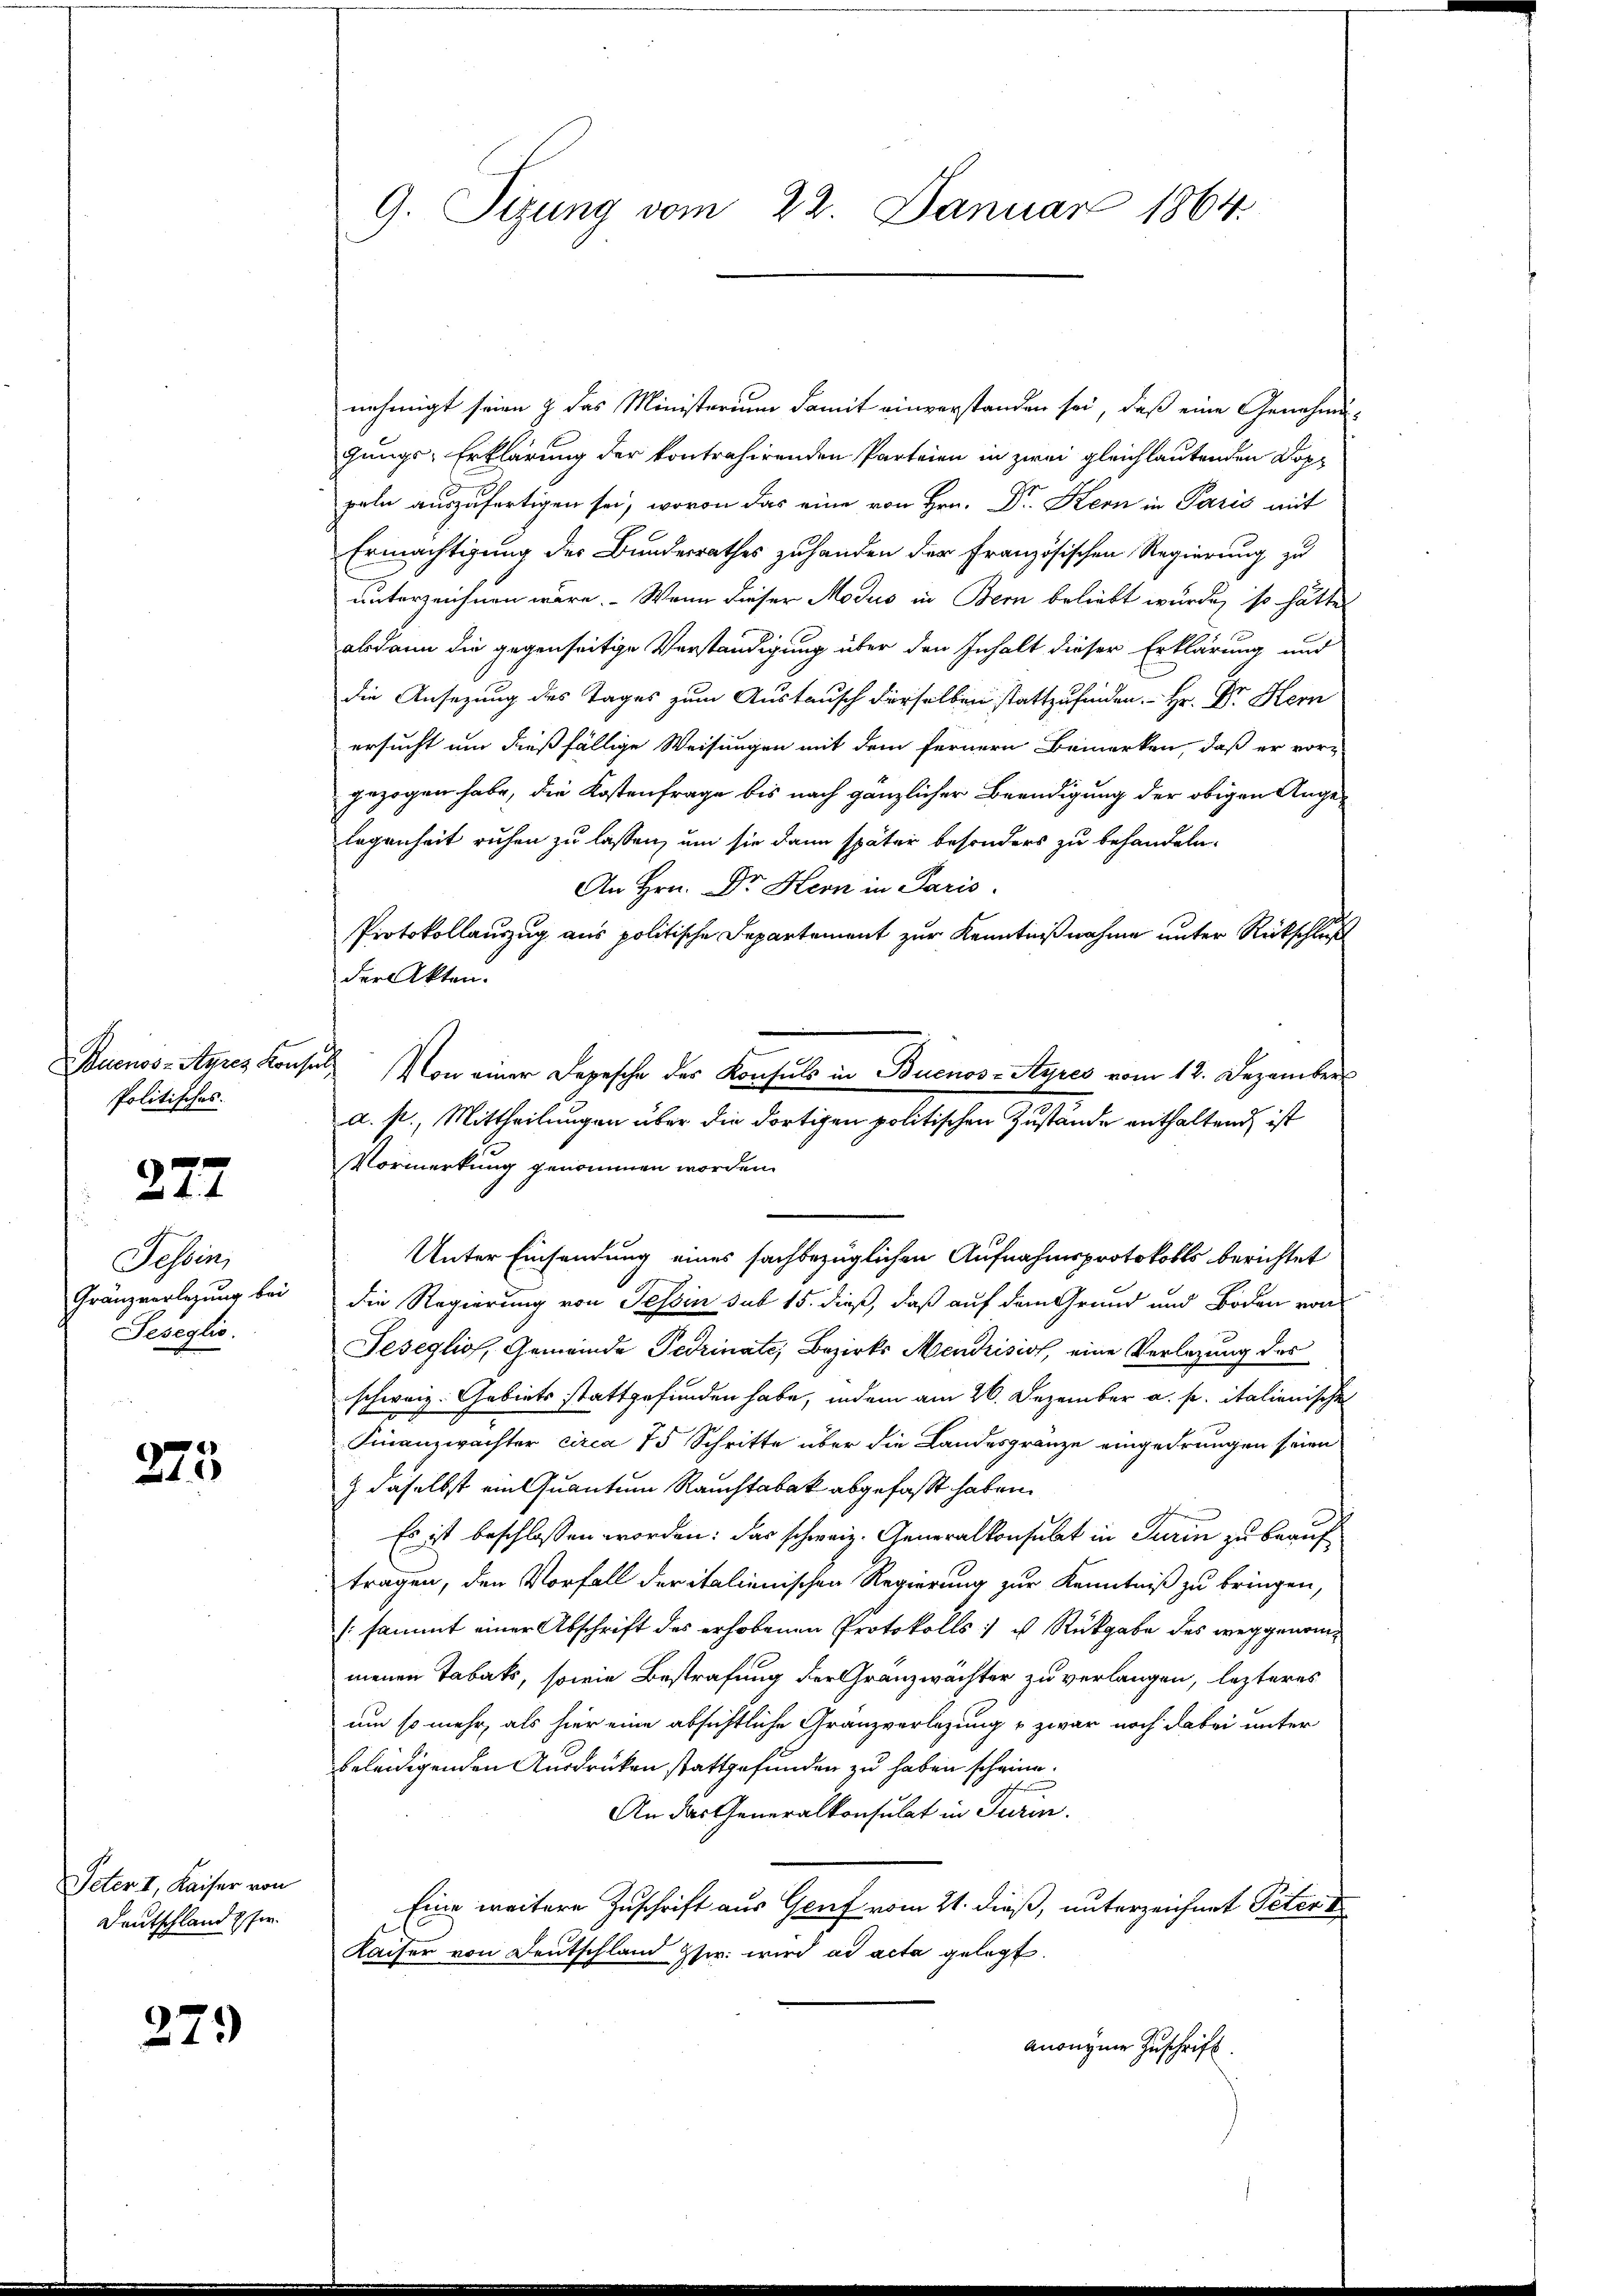
Politisches:

277

Tessin,
Gränzverlegung bei
Seseglio.

275

Peter I. Kaiser von
Deutschland fer

279

nehmigt seien & das Ministerium damit einverstanden sei, daß eine Genehmigungs-Erklärung der kontrahirenden Parteien in zwei gleichlautenden Doppeln auszufertigen sei, wovon das eine von Hrn. Dr. Kern in Paris mit
Ermächtigung der Bundesrathes zuhanden der Französischen Regierung zu
unterzeichnen wäre. Wenn dieser Modus in Bern beliebt wurde, so hätte
alsdann die gegenseitige Verständigung über den Inhalt dieser Erklärung und
die Ansezung des Tages zum Austausch derselben stattzufinden. - Hr. Dr. Hern
ersucht um dießfällige Weisungen mit dem fernern Bemerken, daß er vor-
gezogen habe, die Kostenfrage bis nach gänzlicher Beendigung der obigen Angelegenheit ruhen zu lassen, um sie dann später besonders zu behandeln.
An Hrn. Dr. Hern in Paris.
Protokollauszug aus politische Departement zur Kenntnißnahme unter Rückschluß
der Akten.
Buenos-Ayres Konsuls von einer Depesche der Konsuls in Buenos-Ayres vom 12. Dezember
a. p., Mittheilungen über die dortigen politischen Zustände enthaltend ist
Vormerkung genommen worden.
Unter Einsendung eines sachbezüglichen Aufnahmsprotokolls berichtet
die Regierung von Tessin sub 15. dieß, daß auf dem Grund und Boden von
Jesegliof, Gemeinde Perinate, Bezirks Mendrisist, eine Verlegung des
schweiz. Gebiets stattgefunden habe, indem am 26. Dezember a. p. italienischen
Finanzwachter circa 75 Schritte über die Landesgränze eingedrungen seien
) daselbst ein Quantum Rauchtabak abgefaßt haben.
Es ist beschlossen worden: das schweiz. Generalkonsulat in Turin zu beauftragen, den Vorfall der italienischen Regierung zur Kenntniß zu bringen,
(sammt einer Abschrift des erhobenen Protokolls: u Rückgabe des weggenommenen Tabaks, sowie Bestrafung der Gränzwächter zu verlangen, lezteres
um so mehr, als hier eine absichtliche Granzverlegung & zwar noch dabei unter
beleidigenden Ausdrücken stattgefunden zu haben scheine.
An das Generalkonsulat in Turin.
Eine weitere Zuschrift aus Genf vom 21. dieß, unterzeichnet Peter d
Kaiser von Deutschland her. wird ad acta gelegt.
anonymer Zuschrift.

9. Sizung vom 22. Januar 1864.